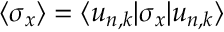
\langle \sigma _ { x } \rangle = \langle u _ { n , k } | \sigma _ { x } | u _ { n , k } \rangle